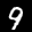
Label: 9